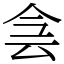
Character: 侌